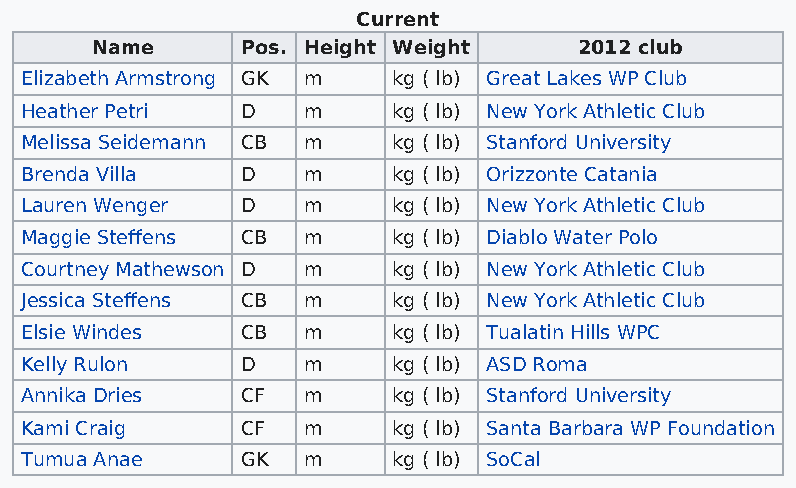
Current
 Name      Pos. Height Weight    2012 club
 Elizabeth Armstrong GK m kg ( lb) Great Lakes WP Club
 Heather Petri  D   m     kg ( lb) New York Athletic Club
 Melissa Seidemann CB m   kg ( lb) Stanford University
 Brenda Villa   D   m     kg ( lb) Orizzonte Catania
 Lauren Wenger  D   m     kg ( lb) New York Athletic Club
 Maggie Steffens CB m     kg ( lb) Diablo Water Polo
 Courtney Mathewson D m   kg ( lb) New York Athletic Club
 Jessica Steffens CB m    kg ( lb) New York Athletic Club
 Elsie Windes   CB  m     kg ( lb) Tualatin Hills WPC
 Kelly Rulon    D   m     kg ( lb) ASD Roma
 Annika Dries   CF  m     kg ( lb) Stanford University
 Kami Craig     CF  m     kg ( lb) Santa Barbara WP Foundation
 Tumua Anae     GK  m     kg ( lb) SoCal